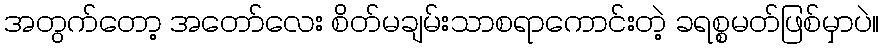
အတွက်တော့ အတော်လေး စိတ်မချမ်းသာစရာကောင်းတဲ့ ခရစ္စမတ်ဖြစ်မှာပဲ။